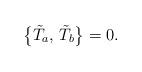
LaTeX: \begin{align*}\bigl\{\tilde T_a,\,\tilde T_b\bigr\}=0.\end{align*}